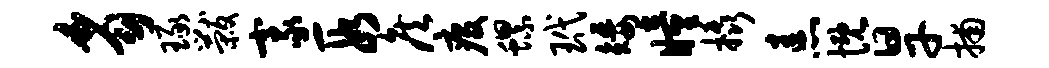
豸琢黻豪段侯疫螺玳矮瞳橇恚慨旱捕